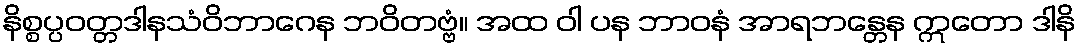
နိစ္စပ္ပဝတ္တဒါနသံဝိဘာဂေန ဘဝိတဗ္ဗံ။ အထ ဝါ ပန ဘာဝနံ အာရဘန္တေန ဣတော ဒါနိ